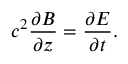
c ^ { 2 } { \frac { \partial B } { \partial z } } = { \frac { \partial E } { \partial t } } .